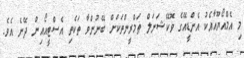
މި އެމްއޯޔޫއާއެކު އެންޑީއޭގެ ވޮކޭޝަނަލް ތަމްރީންތަކަށް ބޭނުންވާ ތަކެތި އެސްޓީއޯއިން ދޭނެ އެވެ.